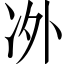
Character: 𱐂